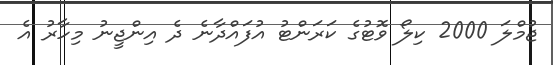
ޖުމްލަ 2000 ކިލޯ ވޮޓުގެ ކަރަންޓު އުފައްދާނެ ދެ އިންޖީނު މިހާރު އެ